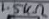
Text: 1.5kΩ